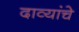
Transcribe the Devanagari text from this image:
दाव्यांचे